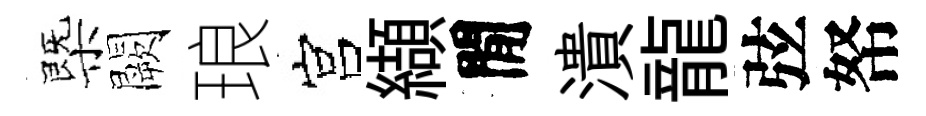
㮣闕琅宫纈閒潰龍弦帑